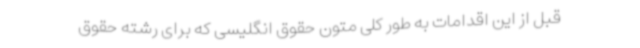
قبل از این اقدامات به طور کلی متون حقوق انگلیسی که برای رشته حقوق